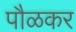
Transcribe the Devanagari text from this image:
पौळकर